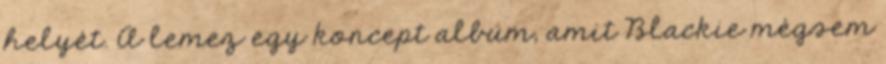
helyét. A lemez egy koncept album, amit Blackie mégsem